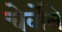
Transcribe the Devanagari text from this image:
चेर्वोले